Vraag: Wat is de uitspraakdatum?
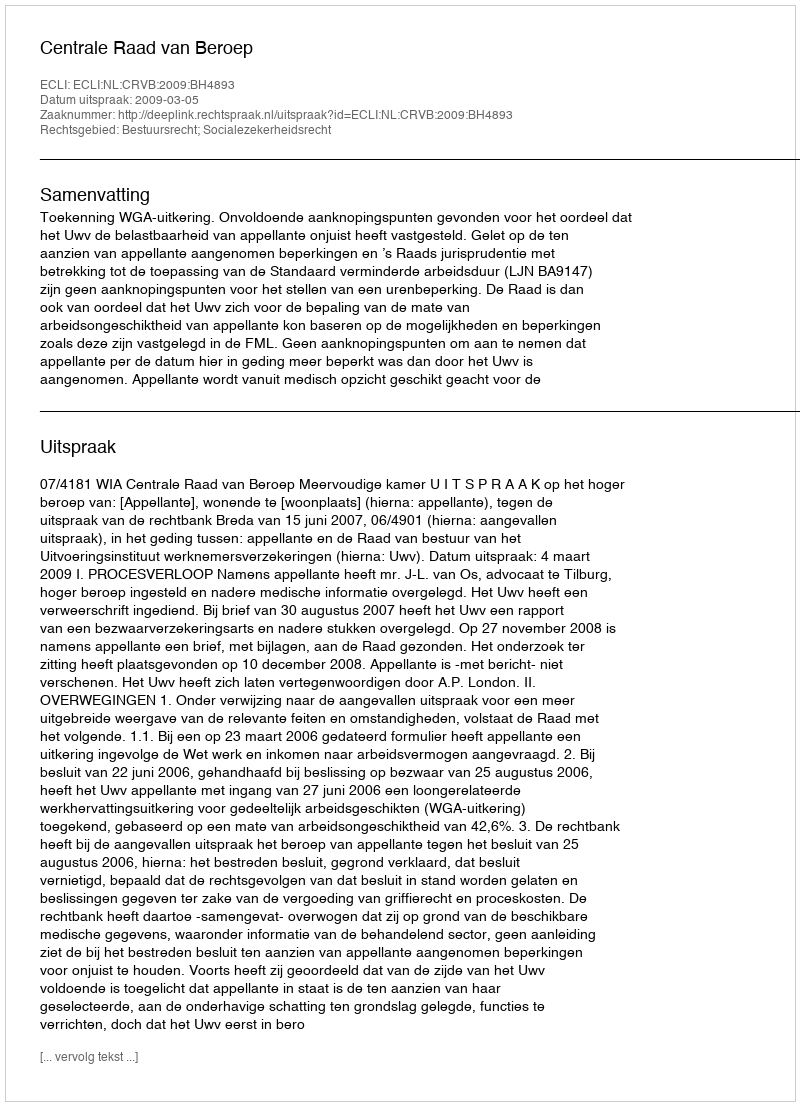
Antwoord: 2009-03-05